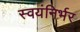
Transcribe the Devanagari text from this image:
स्‍वयंनिर्भर